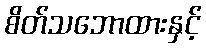
စိတ်သဘောထားနှင့်